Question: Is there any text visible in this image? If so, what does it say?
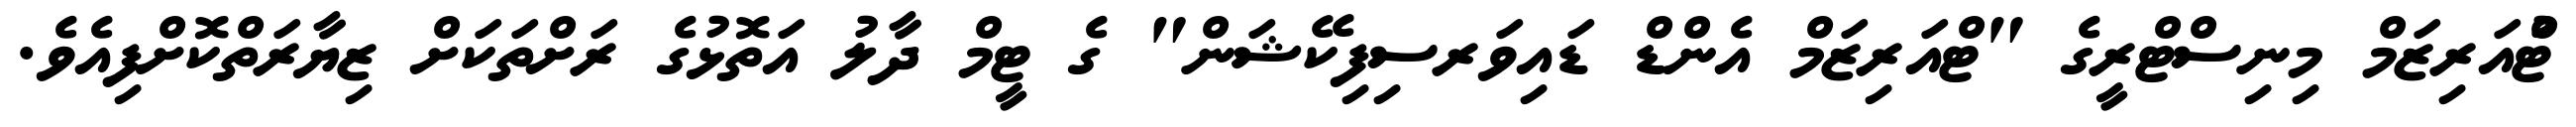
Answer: ޓްުއަރިޒަމް މިނިސްޓްރީގެ "ޓްއަރިޒަމް އެންޑް ޑައިވަރސިފިކޭޝަން" ގެ ޓީމް ދާލު އަތޮޅުގެ ރަށްތަކަށް ޒިޔާރަތްކޮށްފިއެވެ.